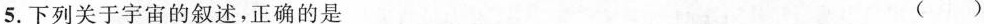
5.下列关于宇宙的叙述，正确的是()